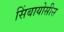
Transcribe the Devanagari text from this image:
सिंबायोसीस